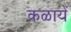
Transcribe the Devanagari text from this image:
कळायें